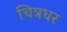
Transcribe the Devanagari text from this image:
चित्रधर